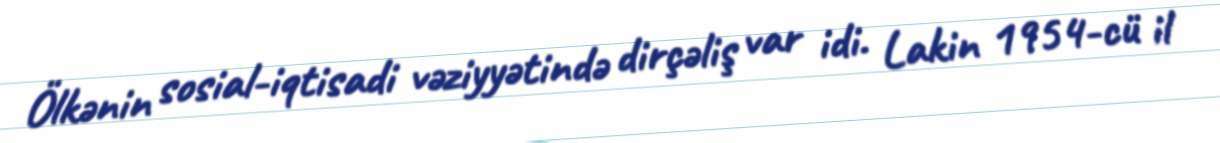
Ölkənin sosial-iqtisadi vəziyyətində dirçəliş var idi. Lakin 1954-cü il